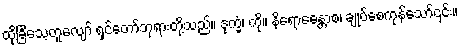
ထိုခြင်္သေ့တူလျော် ရှင်တော်ဘုရားတို့သည်။ ဒုက္ခံ၊ ကို။ နိရောဓေန္တာစ၊ ချုပ်စေကုန်သော်၎င်း။